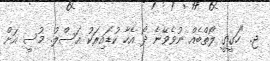
ޖ. "ހަގީގީ ލޯތްބެއް ނުވެވޭނެ ދޯ އެހާ ކުޑައިރަކު އަސްލު. މުސީ އަށް